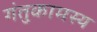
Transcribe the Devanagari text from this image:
गंतुकामस्य